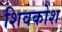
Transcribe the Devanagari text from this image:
शिवकोश